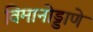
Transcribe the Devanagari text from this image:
विमानोड्डाणे